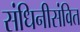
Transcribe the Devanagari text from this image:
संधिनीसंवित